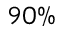
9 0 \%